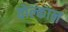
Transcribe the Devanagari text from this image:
वोल्कान